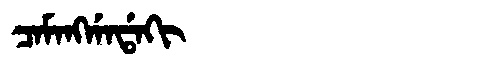
Manchu: ᠴᠠᠮᠠᠩᡤᠠᡩᠠᡴᡳ
Romanization: CAMANGGADAKI